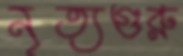
নৃত্যগুরু